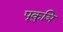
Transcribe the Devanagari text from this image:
पूकुञि